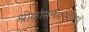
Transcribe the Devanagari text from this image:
श्रीकोसलेन्द्रभगवंस्तव